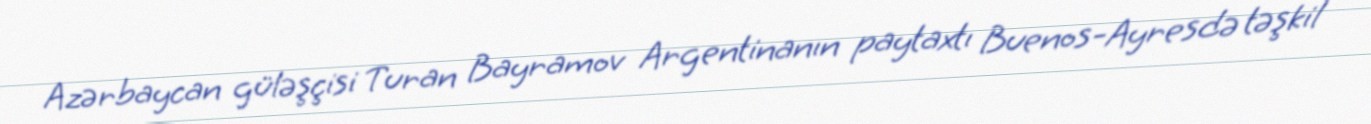
Azərbaycan güləşçisi Turan Bayramov Argentinanın paytaxtı Buenos-Ayresdə təşkil